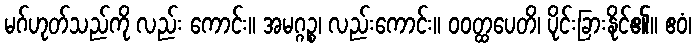
မဂ်ဟုတ်သည်ကို လည်း ကောင်း။ အမဂ္ဂဉ္စ၊ လည်းကောင်း။ ဝဝတ္ထပေတိ၊ ပိုင်းခြားနိုင်၏။ ဧဝံ၊